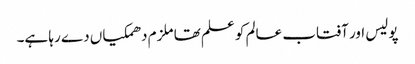
پولیس اور آفتاب عالم کو علم تھا ملزم دھمکیاں دے رہا ہے۔